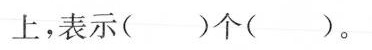
上，表示( )个( )。